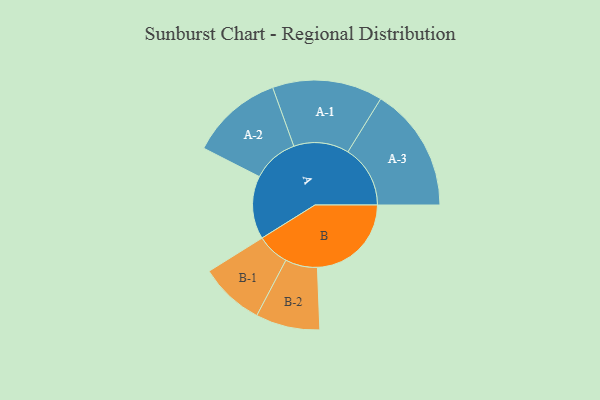
{"axis": {"x": "Segment", "y": "Value"}, "legend": ["", "A", "B"], "data": [{"x": "A", "y": 238, "type": ""}, {"x": "B", "y": 354, "type": ""}, {"x": "A-1", "y": 208, "type": "A"}, {"x": "A-2", "y": 174, "type": "A"}, {"x": "A-3", "y": 235, "type": "A"}, {"x": "B-1", "y": 122, "type": "B"}, {"x": "B-2", "y": 121, "type": "B"}]}